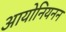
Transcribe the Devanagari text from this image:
आयोनियनन